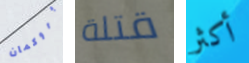
بروكمان قتلة أكثر